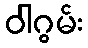
ဝါဂွမ်း